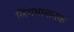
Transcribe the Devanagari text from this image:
लिंगभावातक